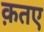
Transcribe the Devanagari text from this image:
क़तए